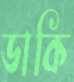
ডাকি